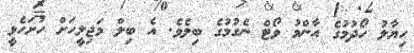
ހިޔާލު ހޯދުމުގެ އާންމު ވޯޓް ނެގުމުގެ ބިލެވެ. އެ ބިލް މަޖިލީހަށް ހުށަހެޅީ